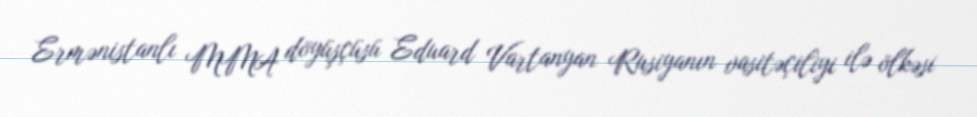
Ermənistanlı MMA döyüşçüsü Eduard Vartanyan Rusiyanın vasitəçiliyi ilə ölkəsi